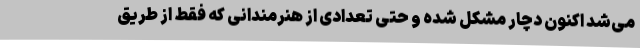
می‌شد اکنون دچار مشکل شده و حتی تعدادی از هنرمندانی که فقط از طریق